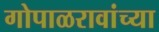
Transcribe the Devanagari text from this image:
गोपाळरावांच्या